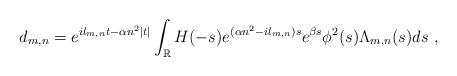
LaTeX: \begin{align*}d_{m,n} = e^{i l_{m,n} t - \alpha n^2 |t|} \int_{\mathbb{R}} H(-s) e^{(\alpha n^2 - i l_{m,n} )s}e^{\beta s} \phi^2 (s) \Lambda_{m,n} (s) ds \ ,\end{align*}